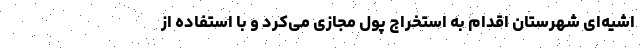
اشیه‌ای شهرستان اقدام به استخراج پول مجازی می‌کرد و با استفاده از